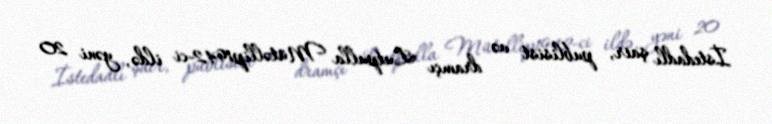
İstedadlı şair, publisist və dramçı Lutpulla Mütəllip1942-ci ildə, yəni 20